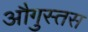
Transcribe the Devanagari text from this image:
औगुस्तस